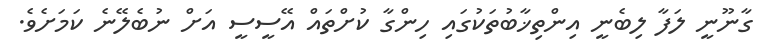
ގާނޫނީ ލަފާ ލިބެނީ އިންތިޚާބުތަކުގައި ހިންގާ ކުށްތައް އޭސީސީ އަށް ނުބެލޭނެ ކަމަށެވެ.